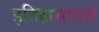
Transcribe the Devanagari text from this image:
इतिहासातलं